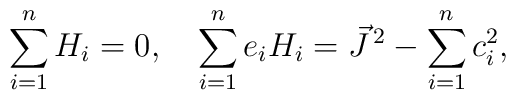
\sum_{i=1}^nH_{i}=0,\quad\sum_{i=1}^ne_{i}H_{i}= \vec J^{\,2}-\sum_{i=1}^n c_{i}^2,